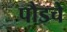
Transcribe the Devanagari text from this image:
पौडचे